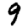
Digit: 9